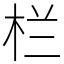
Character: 栏